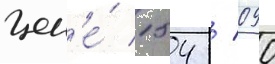
цен'е́ 154 / 090